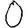
Digit: 0